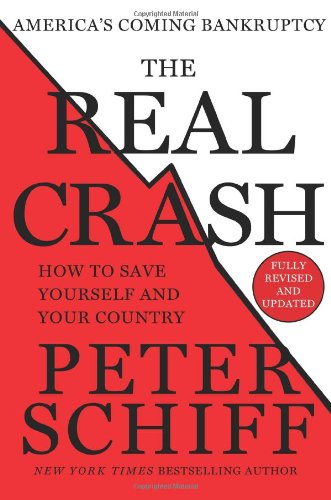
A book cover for The Real Crash: America's Coming Bankruptcy - How to Save Yourself and Your Country; Peter D. Schiff; Business & Money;